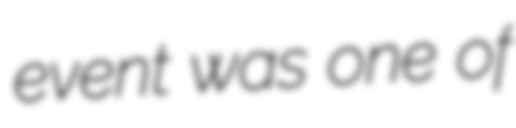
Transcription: event was one of